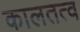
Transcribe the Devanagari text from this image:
कालतत्व